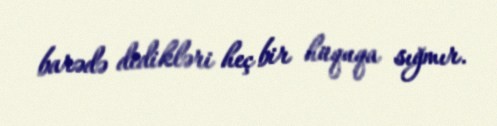
barədə dedikləri heç bir hüquqa sığmır.